Vaccine operations Central Provinces 1868-1885 - 1868-1885
Year: 1868
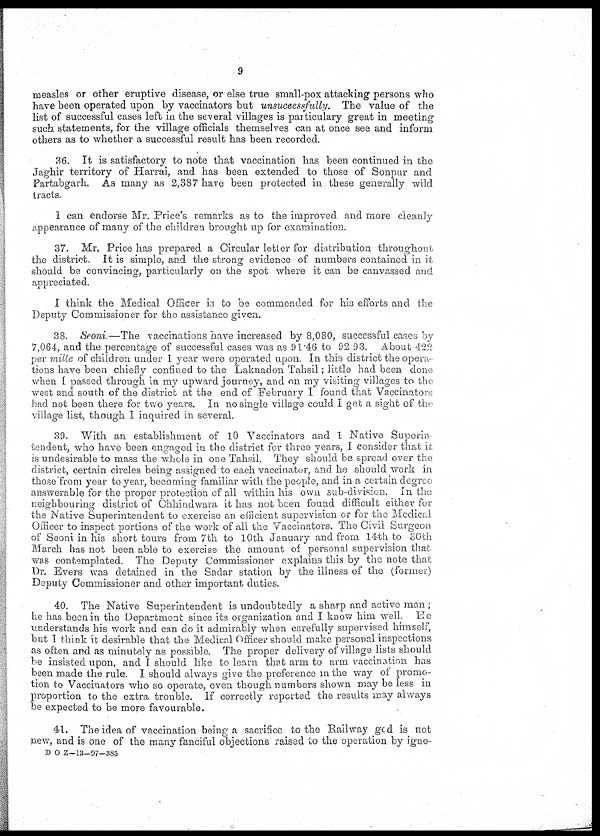
9
measles or other eruptive disease, or else true small-pox attacking persons who
have been operated upon by vaccinators but unsuccessfully. The value of the
list of successful cases left in the several villages is particulary great in meeting
such statements, for the village officials themselves can at once see and inform
others as to whether a successful result has been recorded.
36. It is satisfactory to note that vaccination has been continued in the
Jaghir territory of Harrai, and has been extended to those of Sonpur and
Partabgarh. As many as 2,387 have been protected in these generally wild
tracts.
I can endorse Mr. Price's remarks as to the improved and more cleanly
appearance of many of the children brought up for examination.
37. Mr. Price has prepared a Circular letter for distribution throughout
the district. It is simple, and the strong evidence of numbers contained in it
should be convincing, particularly on the spot where it can be canvassed and
appreciated.
I think the Medical Officer is to be commended for his efforts and the
Deputy Commissioner for the assistance given.
38. Seoni—The vaccinations have increased by 8,080, successful cases by
7,064, and the percentage of successful cases was as 91.46 to 92.93. About 422
per mille of children under 1 year were operated upon. In this district the opera-
tions have been chiefly confined to the Laknadon Tahsil; little had been done
when I passed through in my upward journey, and on my visiting villages to the
west and south of the district at the end of February I found that Vaccinators
had not been there for two years. In no single village could I get a sight of the
village list, though I inquired in several.
39. With an establishment of 10 Vaccinators and 1 Native Superin-
tendent, who have been engaged in the district for three years, I consider that it
is undesirable to mass the whole in one Tahsil. They should be spread over the
district, certain circles being assigned to each vaccinator, and he should work in
those from year to year, becoming familiar with the people, and in a certain degree
answerable for the proper protection of all within his own sub-division. In the
neighbouring district of Chhindwara it has not been found difficult either for
the Native Superintendent to exercise an efficient supervision or for the Medical
Officer to inspect portions of the work of all the Vaccinators. The Civil Surgeon
of Seoni in his short tours from 7th to 10th January and from 14th to 30th
March has not been able to exercise the amount of personal supervision that
was contemplated. The Deputy Commissioner explains this by the note that
Dr. Evers was detained in the Sadar station by the illness of the (former)
Deputy Commissioner and other important duties.
40. The Native Superintendent is undoubtedly a sharp and active man ;
he has been in the Department since its organization and I know him well. He
understands his work and can do it admirably when carefully supervised himself,
but I think it desirable that the Medical Officer should make personal inspections
as often and as minutely as possible. The proper delivery of village lists should
be insisted upon, and I should like to learn that arm to arm vaccination has
been made the rule. I should always give the preference in the way of promo-
tion to Vaccinators who so operate, even though numbers shown may be less in
proportion to the extra trouble. If correctly reported the results may always
be expected to be more favourable.
41. The idea of vaccination being a sacrifice to the Railway god is not
new, and is one of the many fanciful objections raised to the operation by igno¬
D O Z—13—97-385